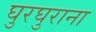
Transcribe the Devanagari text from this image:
घुरघुराना